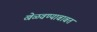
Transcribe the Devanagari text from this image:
खेळवण्याबाबत